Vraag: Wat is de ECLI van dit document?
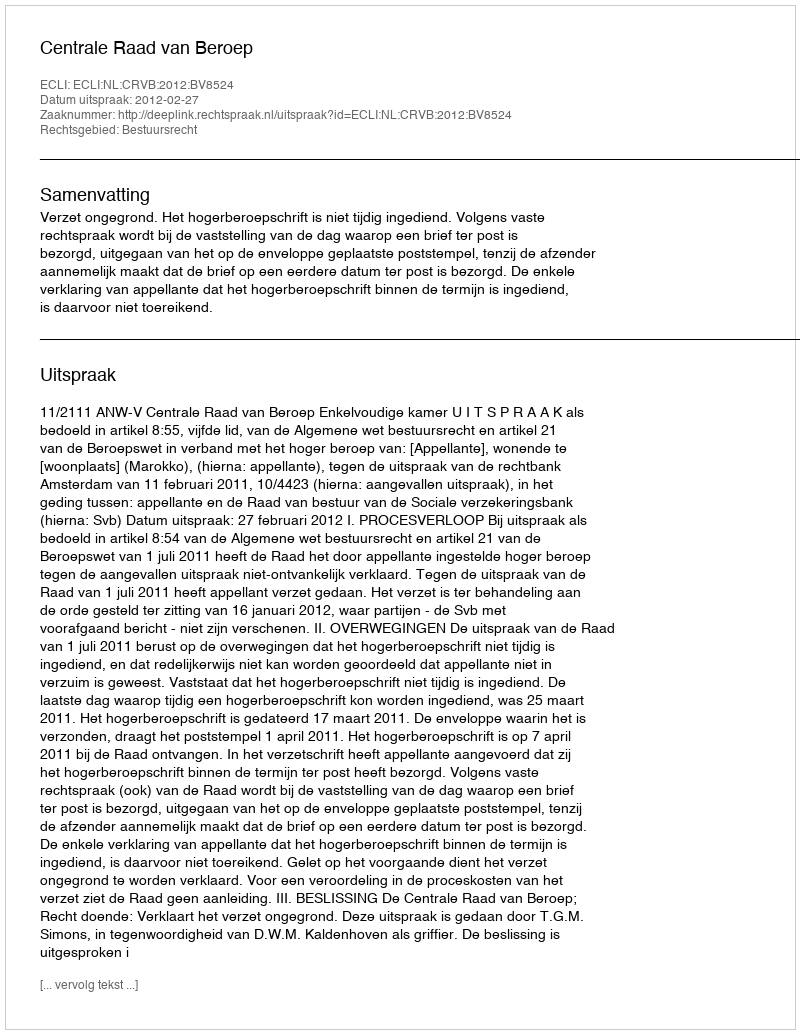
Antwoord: ECLI:NL:CRVB:2012:BV8524